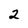
Character: 2